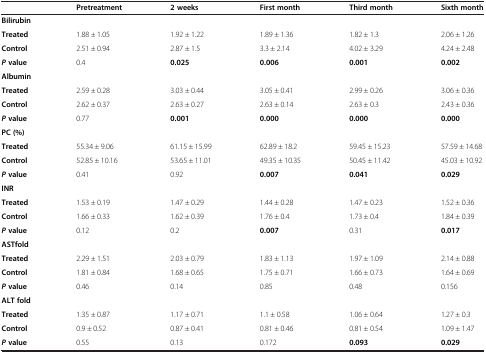
<table><thead><tr><td><b> </b></td><td><b>Pretreatment</b></td><td><b>2 weeks</b></td><td><b>First month</b></td><td><b>Third month</b></td><td><b>Sixth month</b></td></tr></thead><tbody><tr><td colspan="6"><b>Bilirubin</b></td></tr><tr><td><b>Treated</b></td><td>1.88 ± 1.05</td><td>1.92 ± 1.22</td><td>1.89 ± 1.36</td><td>1.82 ± 1.3</td><td>2.06 ± 1.26</td></tr><tr><td><b>Control</b></td><td>2.51 ± 0.94</td><td>2.87 ± 1.5</td><td>3.3 ± 2.14</td><td>4.02 ± 3.29</td><td>4.24 ± 2.48</td></tr><tr><td><b><i>P </i></b><b>value</b></td><td>0.4</td><td><b>0.025</b></td><td><b>0.006</b></td><td><b>0.001</b></td><td><b>0.002</b></td></tr><tr><td colspan="6"><b>Albumin</b></td></tr><tr><td><b>Treated</b></td><td>2.59 ± 0.28</td><td>3.03 ± 0.44</td><td>3.05 ± 0.41</td><td>2.99 ± 0.26</td><td>3.06 ± 0.36</td></tr><tr><td><b>Control</b></td><td>2.62 ± 0.37</td><td>2.63 ± 0.27</td><td>2.63 ± 0.14</td><td>2.63 ± 0.3</td><td>2.43 ± 0.36</td></tr><tr><td><b><i>P </i></b><b>value</b></td><td>0.77</td><td><b>0.001</b></td><td><b>0.000</b></td><td><b>0.000</b></td><td><b>0.000</b></td></tr><tr><td colspan="6"><b>PC (%)</b></td></tr><tr><td><b>Treated</b></td><td>55.34 ± 9.06</td><td>61.15 ± 15.99</td><td>62.89 ± 18.2</td><td>59.45 ± 15.23</td><td>57.59 ± 14.68</td></tr><tr><td><b>Control</b></td><td>52.85 ± 10.16</td><td>53.65 ± 11.01</td><td>49.35 ± 10.35</td><td>50.45 ± 11.42</td><td>45.03 ± 10.92</td></tr><tr><td><b><i>P </i></b><b>value</b></td><td>0.41</td><td>0.92</td><td><b>0.007</b></td><td><b>0.041</b></td><td><b>0.029</b></td></tr><tr><td colspan="6"><b>INR</b></td></tr><tr><td><b>Treated</b></td><td>1.53 ± 0.19</td><td>1.47 ± 0.29</td><td>1.44 ± 0.28</td><td>1.47 ± 0.23</td><td>1.52 ± 0.36</td></tr><tr><td><b>Control</b></td><td>1.66 ± 0.33</td><td>1.62 ± 0.39</td><td>1.76 ± 0.4</td><td>1.73 ± 0.4</td><td>1.84 ± 0.39</td></tr><tr><td><b><i>P </i></b><b>value</b></td><td>0.12</td><td>0.2</td><td><b>0.007</b></td><td>0.31</td><td><b>0.017</b></td></tr><tr><td colspan="6"><b>ASTfold</b></td></tr><tr><td><b>Treated</b></td><td>2.29 ± 1.51</td><td>2.03 ± 0.79</td><td>1.83 ± 1.13</td><td>1.97 ± 1.09</td><td>2.14 ± 0.88</td></tr><tr><td><b>Control</b></td><td>1.81 ± 0.84</td><td>1.68 ± 0.65</td><td>1.75 ± 0.71</td><td>1.66 ± 0.73</td><td>1.64 ± 0.69</td></tr><tr><td><b><i>P </i></b><b>value</b></td><td>0.46</td><td>0.14</td><td>0.85</td><td>0.48</td><td>0.156</td></tr><tr><td colspan="6"><b>ALT fold</b></td></tr><tr><td><b>Treated</b></td><td>1.35 ± 0.87</td><td>1.17 ± 0.71</td><td>1.1 ± 0.58</td><td>1.06 ± 0.64</td><td>1.27 ± 0.3</td></tr><tr><td><b>Control</b></td><td>0.9 ± 0.52</td><td>0.87 ± 0.41</td><td>0.81 ± 0.46</td><td>0.81 ± 0.54</td><td>1.09 ± 1.47</td></tr><tr><td><b><i>P </i></b><b>value</b></td><td>0.55</td><td>0.13</td><td>0.172</td><td><b>0.093</b></td><td><b>0.029</b></td></tr></tbody></table>